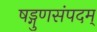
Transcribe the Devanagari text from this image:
षड्गुणसंपदम्‌